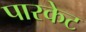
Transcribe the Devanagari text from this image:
पारकेट